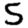
Digit: 5